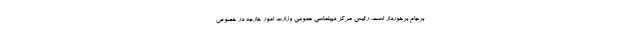
برجام برخوردار است. رئیس مرکز دیپلماسی عمومی وزارت امور خارجه در خصوص